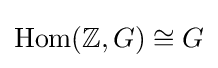
{\text{Hom}}(\mathbb {Z} ,G)\cong G